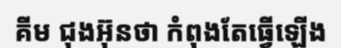
គីម ជុងអ៊ុនថា កំពុងតែធ្វើឡើង